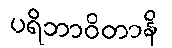
ပရိဘာဝိတာနိ